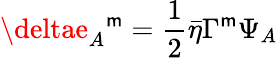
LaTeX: \deltae_{A}{}^{\mathsf{m}}={\frac{{1}}{{2}}}\bar{{\eta}}\Gamma^{\mathsf{m}}\Psi_{A}